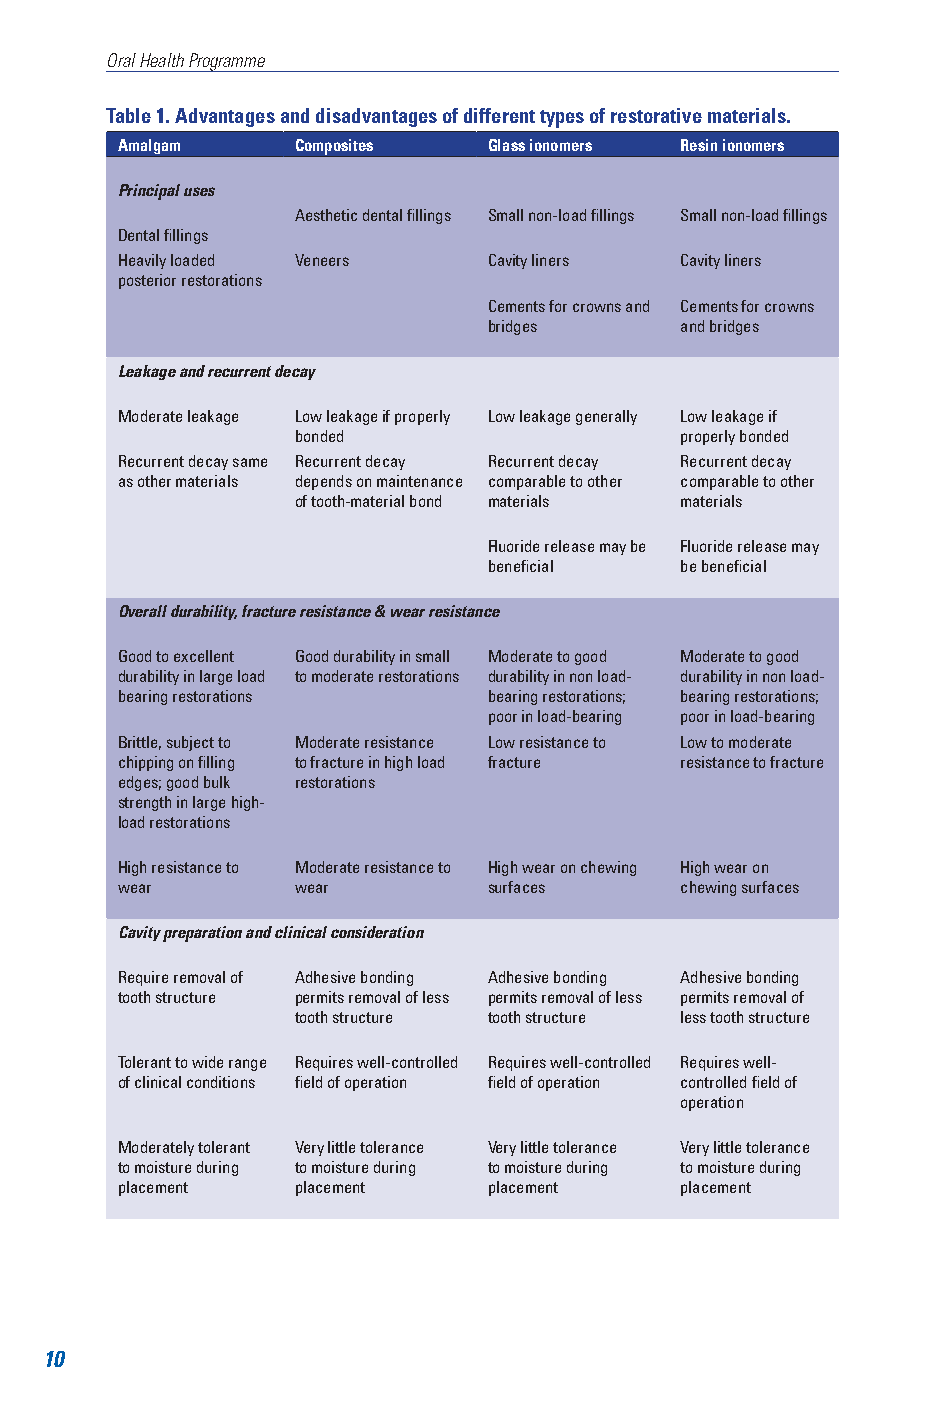
Oral Health Programme
 Table 1. Advantages and disadvantages of different types of restorative materials.
 Amalgam     Composites  Glass ionomers Resin ionomers
 Principal uses
 Aesthetic dental fillings Small non-load fillings Small non-load fillings
 Dental fillings
 Heavily loaded Veneers  Cavity liners Cavity liners
 posterior restorations
 Cements for crowns and Cements for crowns
 bridges      and bridges
 Leakage and recurrent decay
 Moderate leakage Low leakage if properly Low leakage generally Low leakage if
 bonded                   properly bonded
 Recurrent decay same Recurrent decay Recurrent decay Recurrent decay
 as other materials depends on maintenance comparable to other comparable to other
 of tooth-material bond materials materials
 Fluoride release may be Fluoride release may
 beneficial   be beneficial
 Overall durability, fracture resistance & wear resistance
 Good to excellent Good durability in small Moderate to good Moderate to good
 durability in large load to moderate restorations durability in non load- durability in non load-
 bearing restorations    bearing restorations; bearing restorations;
 poor in load-bearing poor in load-bearing
 Brittle, subject to Moderate resistance Low resistance to Low to moderate
 chipping on filling to fracture in high load fracture resistance to fracture
 edges; good bulk restorations
 strength in large high-
 load restorations
 High resistance to Moderate resistance to High wear on chewing High wear on
 wear        wear        surfaces     chewing surfaces
 Cavity preparation and clinical consideration
 Require removal of Adhesive bonding Adhesive bonding Adhesive bonding
 tooth structure permits removal of less permits removal of less permits removal of
 tooth structure tooth structure less tooth structure
 Tolerant to wide range Requires well-controlled Requires well-controlled Requires well-
 of clinical conditions field of operation field of operation controlled field of
 operation
 Moderately tolerant Very little tolerance Very little tolerance Very little tolerance
 to moisture during to moisture during to moisture during to moisture during
 placement   placement   placement    placement
 10